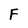
Character: F